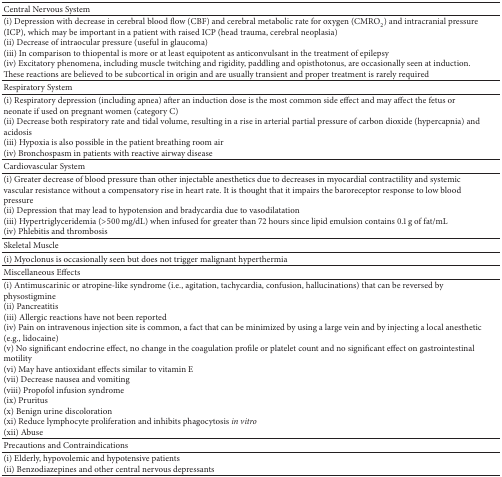
| Central Nervous System |  |
 | --- | --- |
 | (i) Depression with decrease in cerebral blood flow (CBF) and cerebral metabolic rate for oxygen (CMRO2) and intracranial pressure (ICP), which may be important in a patient with raised ICP (head trauma, cerebral neoplasia)(ii) Decrease of intraocular pressure (useful in glaucoma)(iii) In comparison to thiopental is more or at least equipotent as anticonvulsant in the treatment of epilepsy(iv) Excitatory phenomena, including muscle twitching and rigidity, paddling and opisthotonus, are occasionally seen at induction. These reactions are believed to be subcortical in origin and are usually transient and proper treatment is rarely required |  |
 | Respiratory System |  |
 | (i) Respiratory depression (including apnea) after an induction dose is the most common side effect and may affect the fetus or neonate if used on pregnant women (category C)(ii) Decrease both respiratory rate and tidal volume, resulting in a rise in arterial partial pressure of carbon dioxide (hypercapnia) and acidosis(iii) Hypoxia is also possible in the patient breathing room air(iv) Bronchospasm in patients with reactive airway disease |  |
 | Cardiovascular System |  |
 | (i) Greater decrease of blood pressure than other injectable anesthetics due to decreases in myocardial contractility and systemic vascular resistance without a compensatory rise in heart rate. It is thought that it impairs the baroreceptor response to low blood pressure(ii) Depression that may lead to hypotension and bradycardia due to vasodilatation(iii) Hypertriglyceridemia (>500 mg/dL) when infused for greater than 72 hours since lipid emulsion contains 0.1 g of fat/mL(iv) Phlebitis and thrombosis |  |
 | Skeletal Muscle |  |
 | (i) Myoclonus is occasionally seen but does not trigger malignant hyperthermia |  |
 | Miscellaneous Effects |  |
 | (i) Antimuscarinic or atropine-like syndrome (i.e., agitation, tachycardia, confusion, hallucinations) that can be reversed by physostigmine(ii) Pancreatitis(iii) Allergic reactions have not been reported(iv) Pain on intravenous injection site is common, a fact that can be minimized by using a large vein and by injecting a local anesthetic (e.g., lidocaine)(v) No significant endocrine effect, no change in the coagulation profile or platelet count and no significant effect on gastrointestinal motility(vi) May have antioxidant effects similar to vitamin E(vii) Decrease nausea and vomiting(viii) Propofol infusion syndrome(ix) Pruritus(x) Benign urine discoloration(xi) Reduce lymphocyte proliferation and inhibits phagocytosis in vitro(xii) Abuse |  |
 | Precautions and Contraindications |  |
 | (i) Elderly, hypovolemic and hypotensive patients(ii) Benzodiazepines and other central nervous depressants |  |